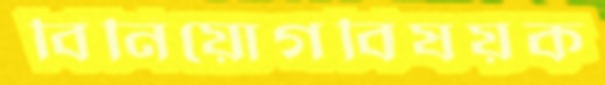
বিনিয়োগবিষয়ক